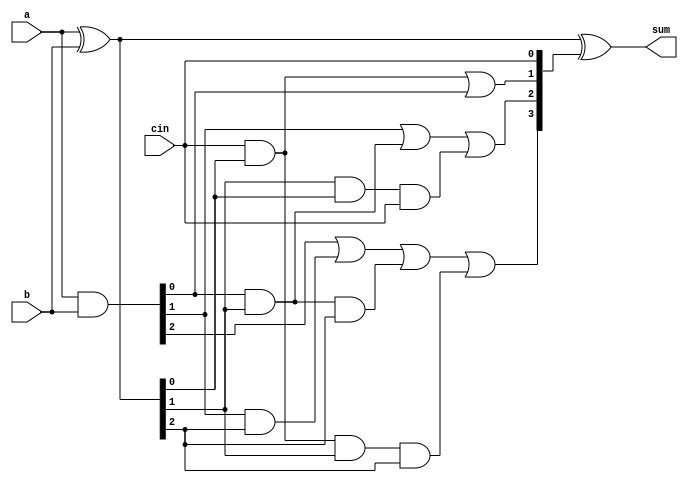
`timescale 1ns / 1ps
//////////////////////////////////////////////////////////////////////////////////
// Company: 
// Engineer: 
// 
// Design Name: 
// Module Name: CLA
// Project Name: 
// Target Devices: 
// Tool Versions: 
// Description: 
// 
// Dependencies: 
// 
// Revision:
// Revision 0.01 - File Created
// Additional Comments:
// 
//////////////////////////////////////////////////////////////////////////////////

module cla4adder(a,b,cin,sum);
input[3:0] a;
input[3:0] b;
input cin;
output[3:0] sum;

wire[3:0] g,p;
wire[4:0] c;

assign g=a&b;
assign p=a^b;

assign c[0]=cin;
assign c[1]=cin&p[0] | g[0];
assign c[2]=g[1] | (g[0]&p[1])|(p[1]&p[0]&cin);
assign c[3]=g[2] | ( g[1]&p[2]) | (g[0]&p[1]&p[2]) | (cin&p[0]&p[1]&p[2]);
assign c[4]= g[3] | (g[2]&p[3]) | g[1]&p[2]&p[3] | g[0]&p[1]&p[2]&p[3] | (cin&p[0]&p[1]&p[2]&p[3]);
assign sum=a^b^c;

endmodule



module cla8bit(a, b, cin, sum);
input [7:0] a,b;
//output  cout;
output [7:0] sum;
input cin;
wire c1;
wire gg1, gg2,gg3,gg4;
wire gp1,gp2,gp3,gp4;
wire gen1,gen2;
wire prop1,prop2;
genprop4bit g1(a[3:0],b[3:0],gen1,prop1);
genprop4bit g2(a[7:4],b[7:4],gen2,prop2);
assign c1=  gen1 | prop1&cin;
//assign cout=gen2 | gen1&prop2 | prop2&prop1&cin;
cla4adder c0(a[3:0], b[3:0], cin, sum[3:0]);
cla4adder c2(a[7:4], b[7:4], c1, sum[7:4]);
endmodule

module cla32bit( a,b,cin,sum,cout);
    input [31:0] a,b;
    input cin;
    output [31:0] sum;
    output cout;
    wire c8,c16,c24,c32;
    wire gen8,gen16,gen24,gen32;
    wire prop8, prop16,prop24,prop32;
    genprop8bit g1(a[7:0],b[7:0],gen8,prop8);
    genprop8bit g2(a[15:8],b[15:8],gen16,prop16);
    genprop8bit g3(a[23:16],b[23:16],gen24,prop24);
    genprop8bit g4(a[31:24],b[31:24],gen32,prop32);
    assign c8=gen8 | (cin&prop8);
    assign c16=gen16 | (gen8&prop16)  | (cin&prop8&prop16);
    assign c24=gen24 | gen16&prop24 | gen8&prop16&prop24 | cin&prop8&prop16&prop24;
    assign c32=gen32 | (gen24&prop32) | (gen16&prop24&prop32) | (gen8&prop16&prop24&prop32) | (cin&prop8&prop16&prop24&prop32);
    assign cout=c32;
    wire c1,c2,c3;
    cla8bit c65(a[7:0], b[7:0],   cin,  sum[7:0]);
    cla8bit c35(a[15:8], b[15:8],  c8,   sum[15:8]);
    cla8bit c36(a[23:16], b[23:16], c16,  sum[23:16]);
    cla8bit c78(a[31:24], b[31:24], c24, sum[31:24]);
    
endmodule




module genprop4bit( a,b,gen, prop);
input[3:0] a,b;
output gen,prop;
wire [3:0] g, p;
assign p=a^b;
assign g=a&b;
assign prop=p[0]&p[1]&p[2]&p[3];
assign  gen=g[3]|(g[2]&p[3])|(g[1]&p[2]&p[3])|(g[0]&p[1]&p[2]&p[3]);

endmodule




module genprop8bit( a,b,gen, prop);
    input [7:0] a,b;
    output gen,prop;
    wire gen1,gen2,prop1,prop2;
    genprop4bit g1(a[3:0],b[3:0],gen1, prop1);
    genprop4bit g2(a[7:4],b[7:4],gen2,prop2);
    assign gen=gen2 | gen1&prop2;
    assign prop=prop1&prop2;
endmodule